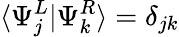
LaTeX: \langle\Psi_{j}^{L}|\Psi_{k}^{R}\rangle=\delta_{jk}